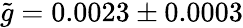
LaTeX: \tilde{g}=0.0023\pm 0.0003